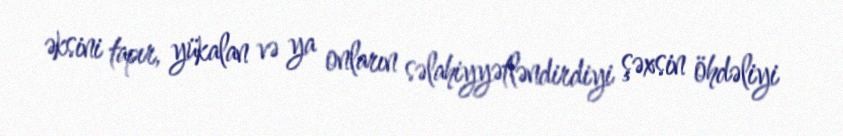
əksini tapır, yükalan və ya onların səlahiyyətləndirdiyi şəxsin öhdəliyi